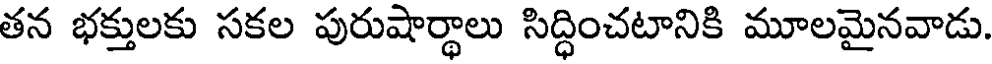
తన భక్తులకు సకల పురుషార్థాలు సిద్ధించటానికి మూలమైనవాడు.